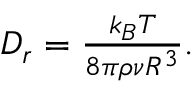
\begin{array} { r } { D _ { r } = \frac { k _ { B } T } { 8 \pi \rho \nu R ^ { 3 } } . } \end{array}